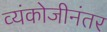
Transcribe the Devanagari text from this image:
व्यंकोजीनंतर